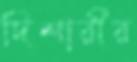
দিশারীর